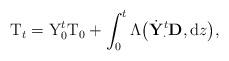
LaTeX: \begin{align*}\mathrm{T}_t=\mathrm{Y}^t_0\mathrm{T}_0+ \int_0^t\Lambda\big(\dot{\mathbf{Y}}^t_{\cdot}\mathbf{D},\mathrm{d}z\big),\end{align*}